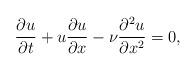
LaTeX: \begin{align*} \frac{\partial u}{\partial t} + u \frac{\partial u}{\partial x} - \nu \frac{\partial^2 u}{\partial x^2} = 0,\end{align*}